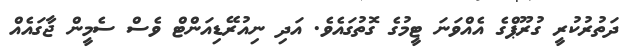
ދަތުރުކުރީ ގުރޫޕްގެ އެއްވަނަ ޓީމުގެ ގޮތުގައެވެ. އަދި ނިއުރޭޑިއަންޓް ވެސް ސެމީން ޖާގައެއް